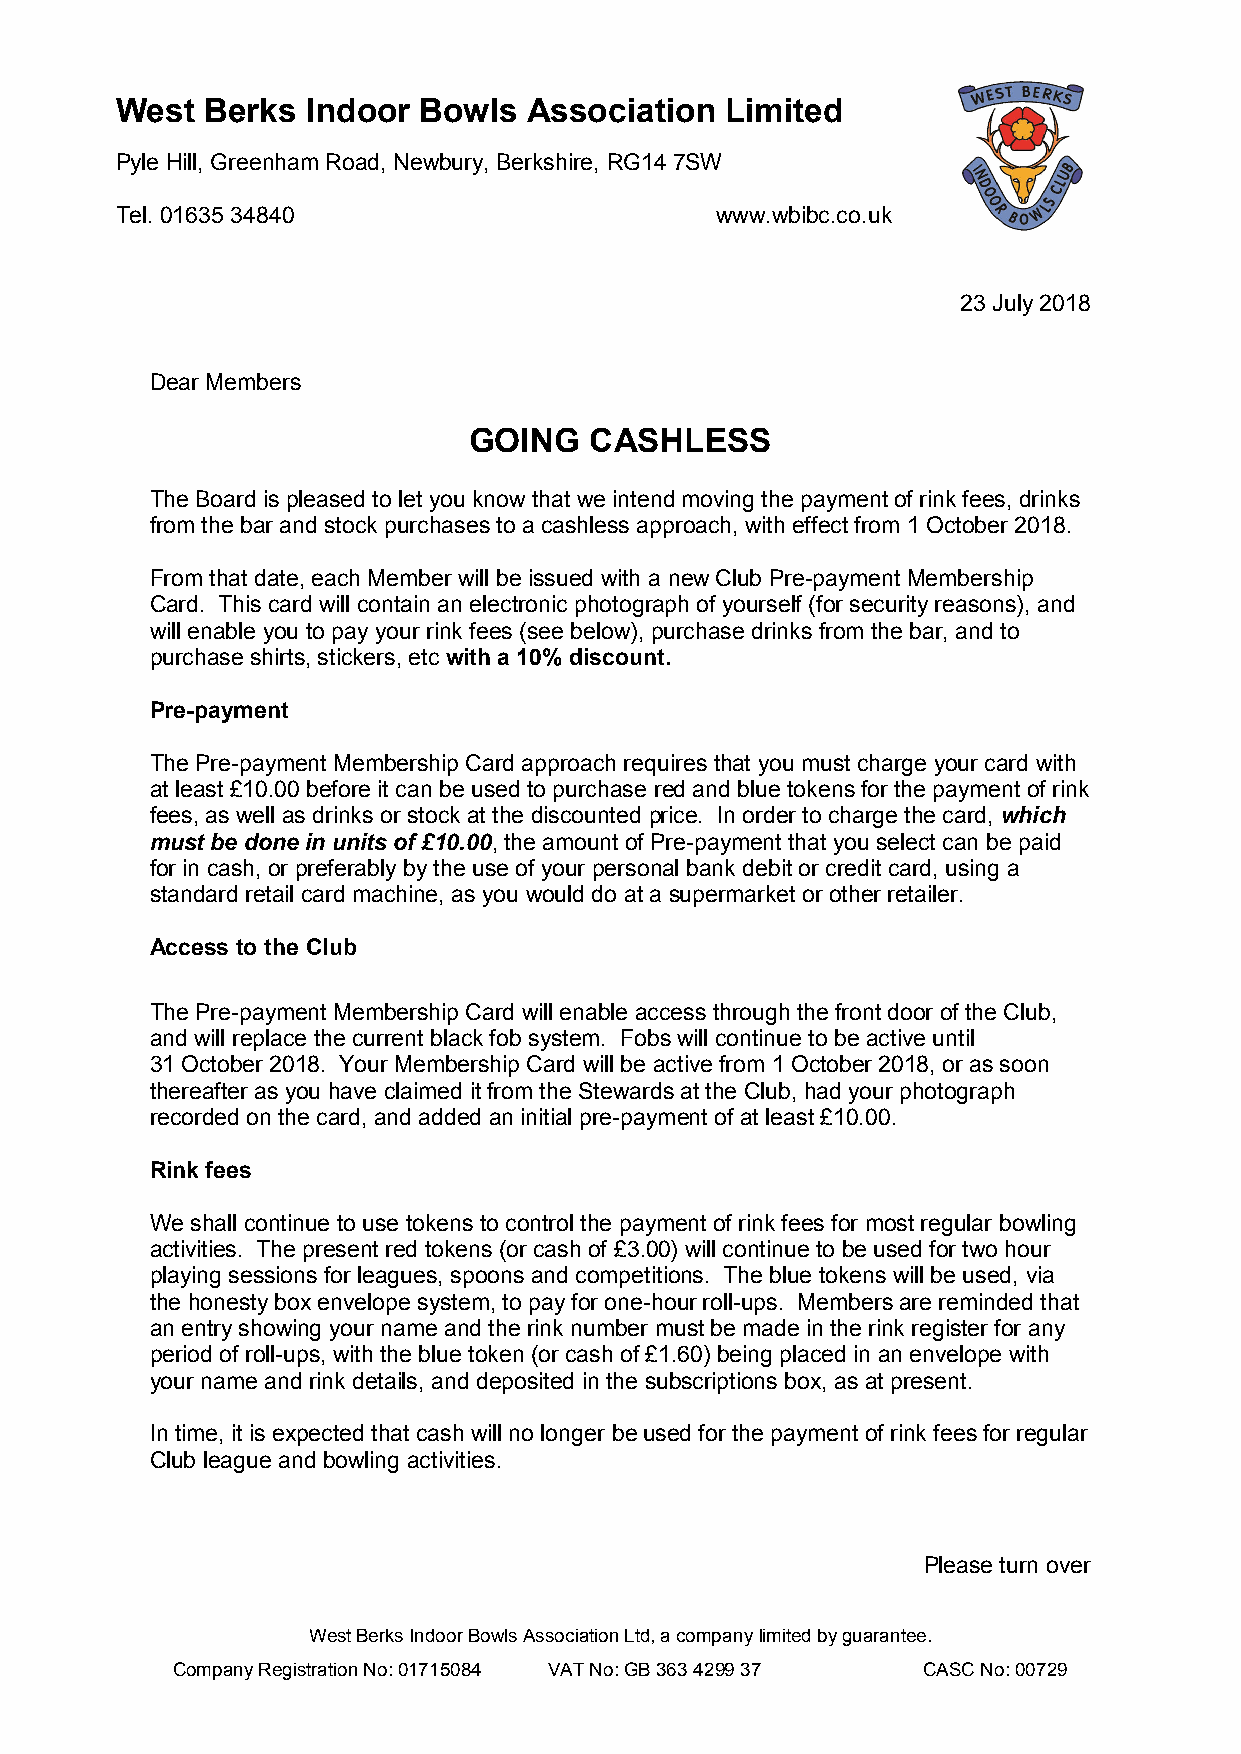
West  Berks Indoor  Bowls  Association  Limited
 Pyle Hill, Greenham Road, Newbury, Berkshire, RG14 7SW
 Tel. 01635 34840                       www.wbibc.co.uk
 23 July 2018
 Dear Members
 GOING   CASHLESS
 The Board is pleased to let you know that we intend moving the payment of rink fees, drinks
 from the bar and stock purchases to a cashless approach, with effect from 1 October 2018.
 From that date, each Member will be issued with a new Club Pre-payment Membership
 Card. This card will contain an electronic photograph of yourself (for security reasons), and
 will enable you to pay your rink fees (see below), purchase drinks from the bar, and to
 purchase shirts, stickers, etc with a 10% discount.
 Pre-payment
 The Pre-payment Membership Card approach requires that you must charge your card with
 at least £10.00 before it can be used to purchase red and blue tokens for the payment of rink
 fees, as well as drinks or stock at the discounted price. In order to charge the card, which
 must be done in units of £10.00, the amount of Pre-payment that you select can be paid
 for in cash, or preferably by the use of your personal bank debit or credit card, using a
 standard retail card machine, as you would do at a supermarket or other retailer.
 Access to the Club
 The Pre-payment Membership Card will enable access through the front door of the Club,
 and will replace the current black fob system. Fobs will continue to be active until
 31 October 2018. Your Membership Card will be active from 1 October 2018, or as soon
 thereafter as you have claimed it from the Stewards at the Club, had your photograph
 recorded on the card, and added an initial pre-payment of at least £10.00.
 Rink fees
 We shall continue to use tokens to control the payment of rink fees for most regular bowling
 activities. The present red tokens (or cash of £3.00) will continue to be used for two hour
 playing sessions for leagues, spoons and competitions. The blue tokens will be used, via
 the honesty box envelope system, to pay for one-hour roll-ups. Members are reminded that
 an entry showing your name and the rink number must be made in the rink register for any
 period of roll-ups, with the blue token (or cash of £1.60) being placed in an envelope with
 your name and rink details, and deposited in the subscriptions box, as at present.
 In time, it is expected that cash will no longer be used for the payment of rink fees for regular
 Club league and bowling activities.
 Please turn over
 West Berks Indoor Bowls Association Ltd, a company limited by guarantee.
 Company Registration No: 01715084 VAT No: GB 363 4299 37 CASC No: 00729